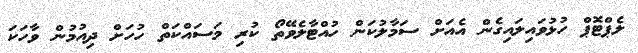
ލެޕްޓޮޕް ހުޅުވައިލައިގެން އެއަށް ސަމާލުކަން ހުއްޓާލެވޭތޯ ކުރި މަސައްކަތް ހުހަށް ދިއުމުން ވާހަކަ